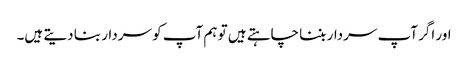
اور اگر آپ سردار بننا چاہتے ہیں تو ہم آپ کو سردار بنا دیتے ہیں۔